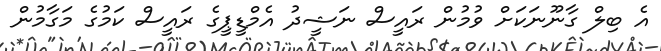
އެ ބިލް ގާނޫނަކަށް ވުމުން ރައީސް ނަޝީދު އެމްޑީޕީގެ ރައީސް ކަމުގެ މަގާމުން